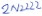
Text: 2N2222